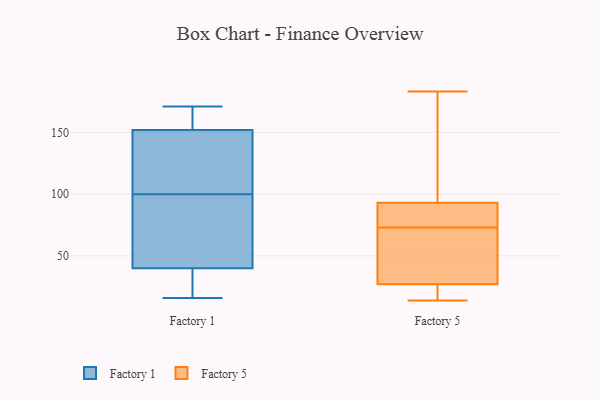
{"axis": {"x": "Gross Profit (USD K)", "y": "Value"}, "legend": ["Factory 1", "Factory 5"], "data": [{"x": "", "y": 92, "type": "Factory 1"}, {"x": "", "y": 171, "type": "Factory 1"}, {"x": "", "y": 118, "type": "Factory 1"}, {"x": "", "y": 16, "type": "Factory 1"}, {"x": "", "y": 31, "type": "Factory 1"}, {"x": "", "y": 108, "type": "Factory 1"}, {"x": "", "y": 32, "type": "Factory 1"}, {"x": "", "y": 168, "type": "Factory 1"}, {"x": "", "y": 152, "type": "Factory 1"}, {"x": "", "y": 58, "type": "Factory 1"}, {"x": "", "y": 155, "type": "Factory 1"}, {"x": "", "y": 42, "type": "Factory 1"}, {"x": "", "y": 40, "type": "Factory 1"}, {"x": "", "y": 127, "type": "Factory 1"}, {"x": "", "y": 27, "type": "Factory 5"}, {"x": "", "y": 67, "type": "Factory 5"}, {"x": "", "y": 89, "type": "Factory 5"}, {"x": "", "y": 142, "type": "Factory 5"}, {"x": "", "y": 15, "type": "Factory 5"}, {"x": "", "y": 183, "type": "Factory 5"}, {"x": "", "y": 36, "type": "Factory 5"}, {"x": "", "y": 79, "type": "Factory 5"}, {"x": "", "y": 14, "type": "Factory 5"}, {"x": "", "y": 93, "type": "Factory 5"}]}